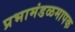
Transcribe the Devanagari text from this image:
प्रभामंडळमापक